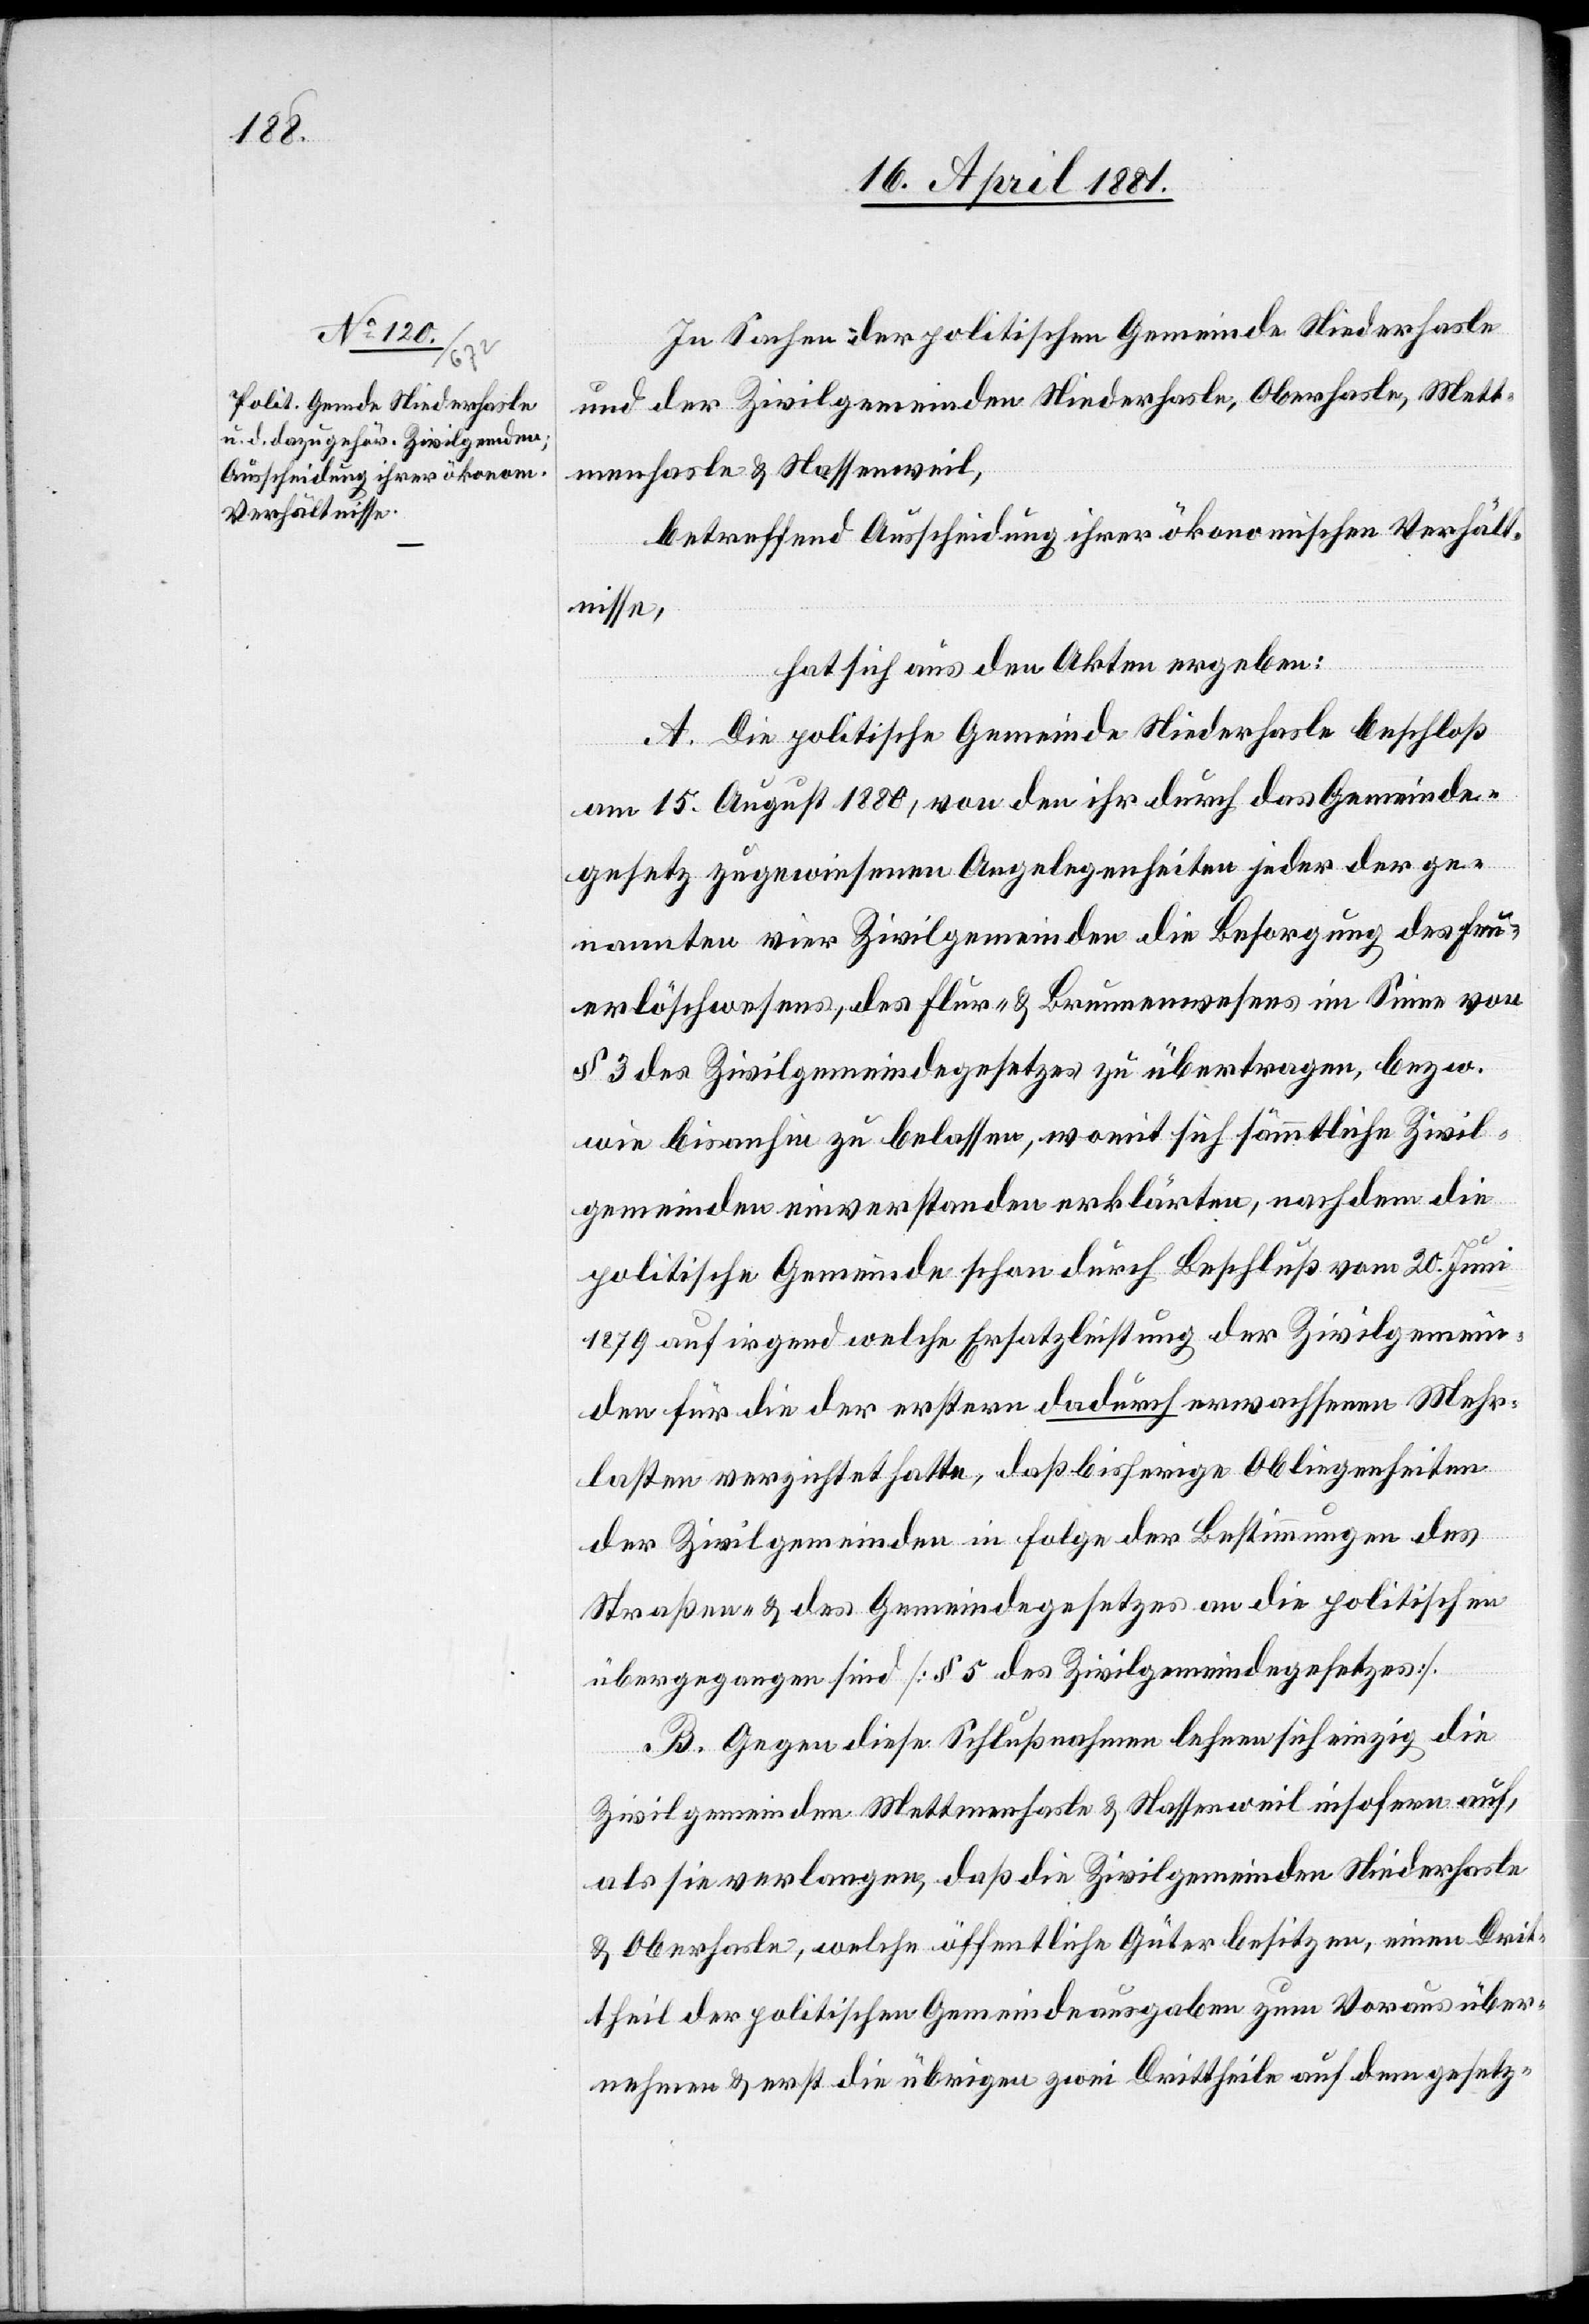
In Sachen der politischen Gemeinde Niederhasle
und der Zivilgemeinden Niederhasle, Oberhasle, Mett¬
menhasle & Nassenweil,
betreffend Ausscheidung ihrer ökonomischen Verhält¬
nisse,
hat sich aus den Akten ergeben:
A. Die politische Gemeinde Niederhasle beschloß
am 15. August 1880, von den ihr durch das Gemeinde¬
gesetz zugewiesenen Angelegenheiten jeder der ge¬
nannten vier Zivilgemeinden die Besorgung des Feu¬
erlöschwesens, des Flur- & Brunnenwesens im Sinne von
§ 3 des Zivilgemeindegesetzes zu übertragen, bezw.
wie bis anhin zu belassen, womit sich sämmtliche Zivil¬
gemeinden einverstanden erklärten, nachdem die
politische Gemeinde schon durch Beschluß vom 20. Juni
1897 auf irgend welche Ersatzleistung der Zivilgemein¬
den für die der erstern dadurch erwachsenen Wehr¬
lasten verzichtet hatte, daß bisherige Obliegenheiten
der Zivilgemeinden in Folge der Bestimmungen des
Straßen- & des Gemeindegesetzes an die politischen
übergegangen sind. [§ 5 des Zivilgemeindegesetzes].
B. Gegen diese Schlußnahmen lehnen sich einzig die
Zivilgemeinden Mettmenhasle & Nassenweil insofern auf,
als sie verlangen, daß die Zivilgemeinden Niederhasle
& Oberhasle, welche öffentliche Güter besitzen, einen Drit¬
theil der politischen Gemeindeausgaben zum Voraus über¬
nehmen & erst die übrigen zwei Drittheile auf dem gesetz-